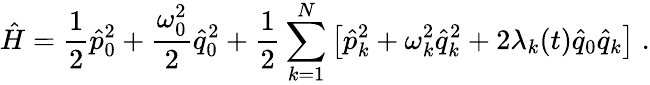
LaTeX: \hat{H}=\frac{1}{2}\hat{p}_{0}^{2}+\frac{\omega_{0}^{2}}{2}\hat{q}_{0}^{2}+\frac{1}{2}\sum_{k=1}^{N}\left[\hat{p}_{k}^{2}+\omega_{k}^{2}\hat{q}_{k}^{2}+2\lambda_{k}(t)\hat{q}_{0}\hat{q}_{k}\right]\; .